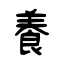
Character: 養